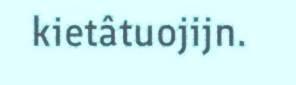
kietâtuojijn.